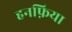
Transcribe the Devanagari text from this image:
हनफ़िया